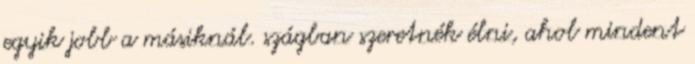
egyik jobb a másiknál. szágban szeretnék élni, ahol mindent